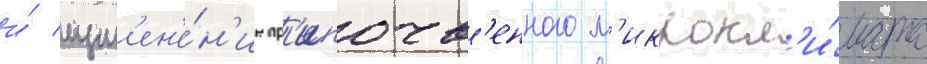
и́ изм'ен'е́н'ие пр'ипочв'енного м'икрокл'и́мата